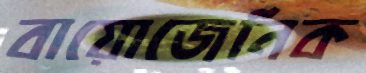
বায়োজেনিক